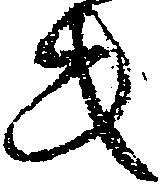
共